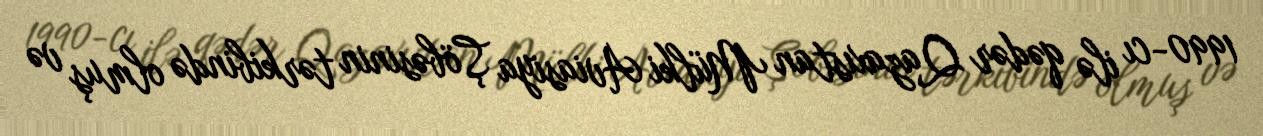
1990-cı ilə qədər Qazaxıstan Mülki Aviasiya Şöbəsinin tərkibində olmuş və